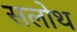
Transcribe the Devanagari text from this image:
सलोथ